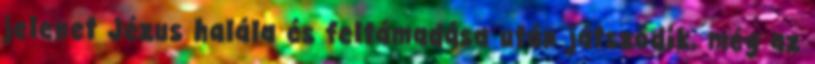
jelenet Jézus halála és feltámadása után játszódik, még az